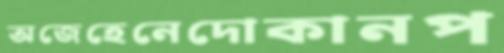
অজেহেনেদোকানপ